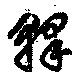
釈